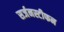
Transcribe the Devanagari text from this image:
सर्जनस्टीफन